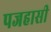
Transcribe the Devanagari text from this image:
पजहासी